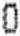
0